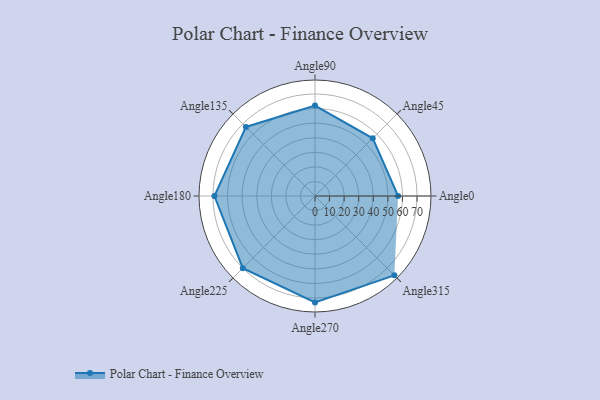
{"axis": {"x": "Angle", "y": "Radius"}, "legend": [""], "data": [{"x": "Angle0", "y": 57.0, "type": ""}, {"x": "Angle45", "y": 56.0, "type": ""}, {"x": "Angle90", "y": 62.0, "type": ""}, {"x": "Angle135", "y": 67.0, "type": ""}, {"x": "Angle180", "y": 69.0, "type": ""}, {"x": "Angle225", "y": 70.0, "type": ""}, {"x": "Angle270", "y": 73.0, "type": ""}, {"x": "Angle315", "y": 77.0, "type": ""}]}